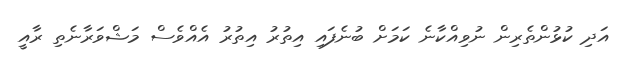
އަދި ކުޅުންތެރިން ނުވިއްކާނެ ކަމަށް ބުނެފައި އިތުރު އިތުރު އެއްވެސް މަޝްވަރާނެތި ރާއީ